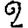
Digit: 2